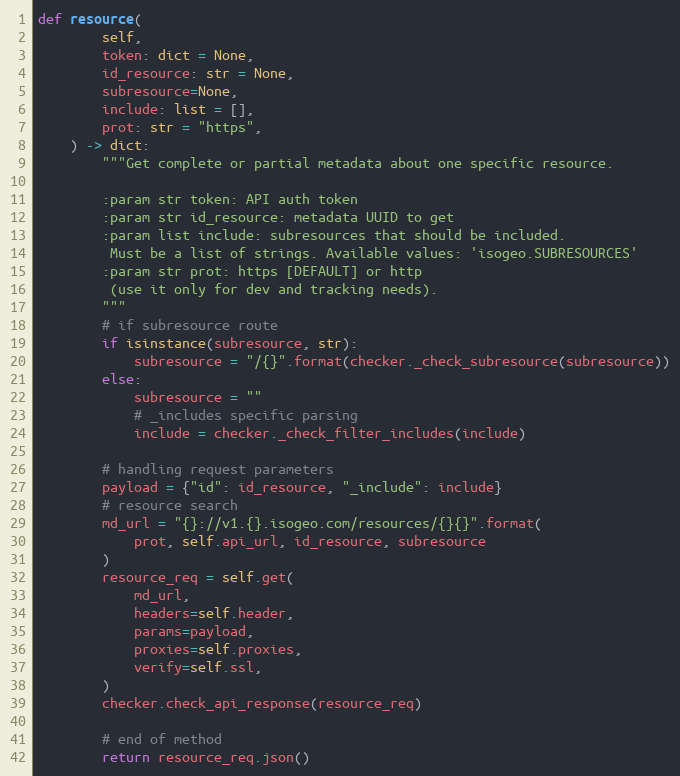
Language: Python
def resource(
        self,
        token: dict = None,
        id_resource: str = None,
        subresource=None,
        include: list = [],
        prot: str = "https",
    ) -> dict:
        """Get complete or partial metadata about one specific resource.

        :param str token: API auth token
        :param str id_resource: metadata UUID to get
        :param list include: subresources that should be included.
         Must be a list of strings. Available values: 'isogeo.SUBRESOURCES'
        :param str prot: https [DEFAULT] or http
         (use it only for dev and tracking needs).
        """
        # if subresource route
        if isinstance(subresource, str):
            subresource = "/{}".format(checker._check_subresource(subresource))
        else:
            subresource = ""
            # _includes specific parsing
            include = checker._check_filter_includes(include)

        # handling request parameters
        payload = {"id": id_resource, "_include": include}
        # resource search
        md_url = "{}://v1.{}.isogeo.com/resources/{}{}".format(
            prot, self.api_url, id_resource, subresource
        )
        resource_req = self.get(
            md_url,
            headers=self.header,
            params=payload,
            proxies=self.proxies,
            verify=self.ssl,
        )
        checker.check_api_response(resource_req)

        # end of method
        return resource_req.json()